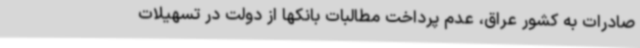
صادرات به کشور عراق، عدم پرداخت مطالبات بانکها از دولت در تسهیلات